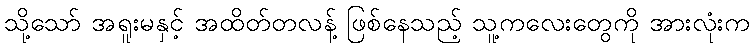
သို့သော် အရူးမနှင့် အထိတ်တလန့် ဖြစ်နေသည့် သူ့ကလေးတွေကို အားလုံးက